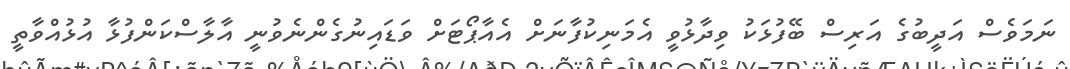
ނަމަވެސް އަދީބުގެ އަރިސް ބޭފުޅަކު ވިދާޅުވީ އެމަނިކުފާނަށް އެއާޕޯޓަށް ވަޑައިނުގެންނެވުނީ އާލާސްކަންފުޅާ އުޅުއްވާތީ